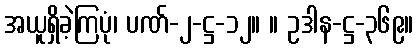
အယူရှိခဲ့ကြပုံ၊ ပဏ်-၂-ဋ္ဌ-၁၂။ ။ ဥဒါန-ဋ္ဌ-၃၆၉။